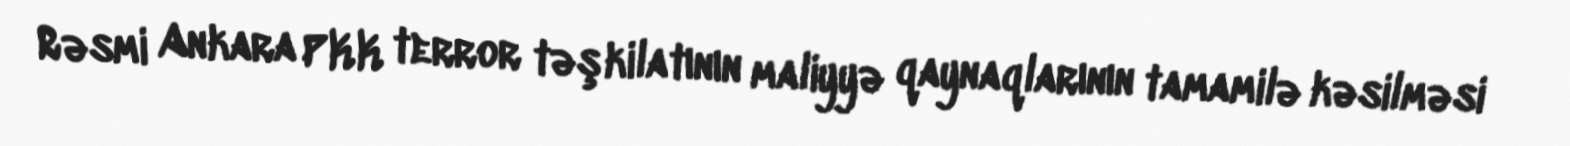
Rəsmi Ankara PKK terror təşkilatının maliyyə qaynaqlarının tamamilə kəsilməsi